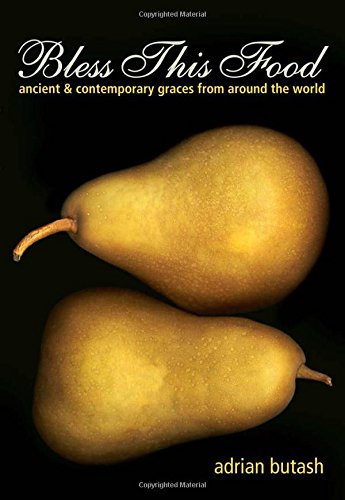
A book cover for Bless This Food: Ancient and Contemporary Graces from Around the World; Adrian Butash; Religion & Spirituality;